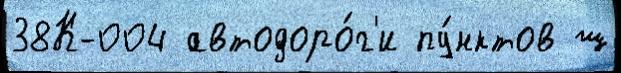
38К-004 автодоро́г'и пу́нктов ш